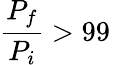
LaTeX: \frac{P_{f}}{P_{i}}>99\